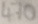
Text: 470